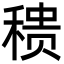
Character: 䅪